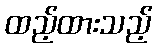
ထည့်ထားသည့်